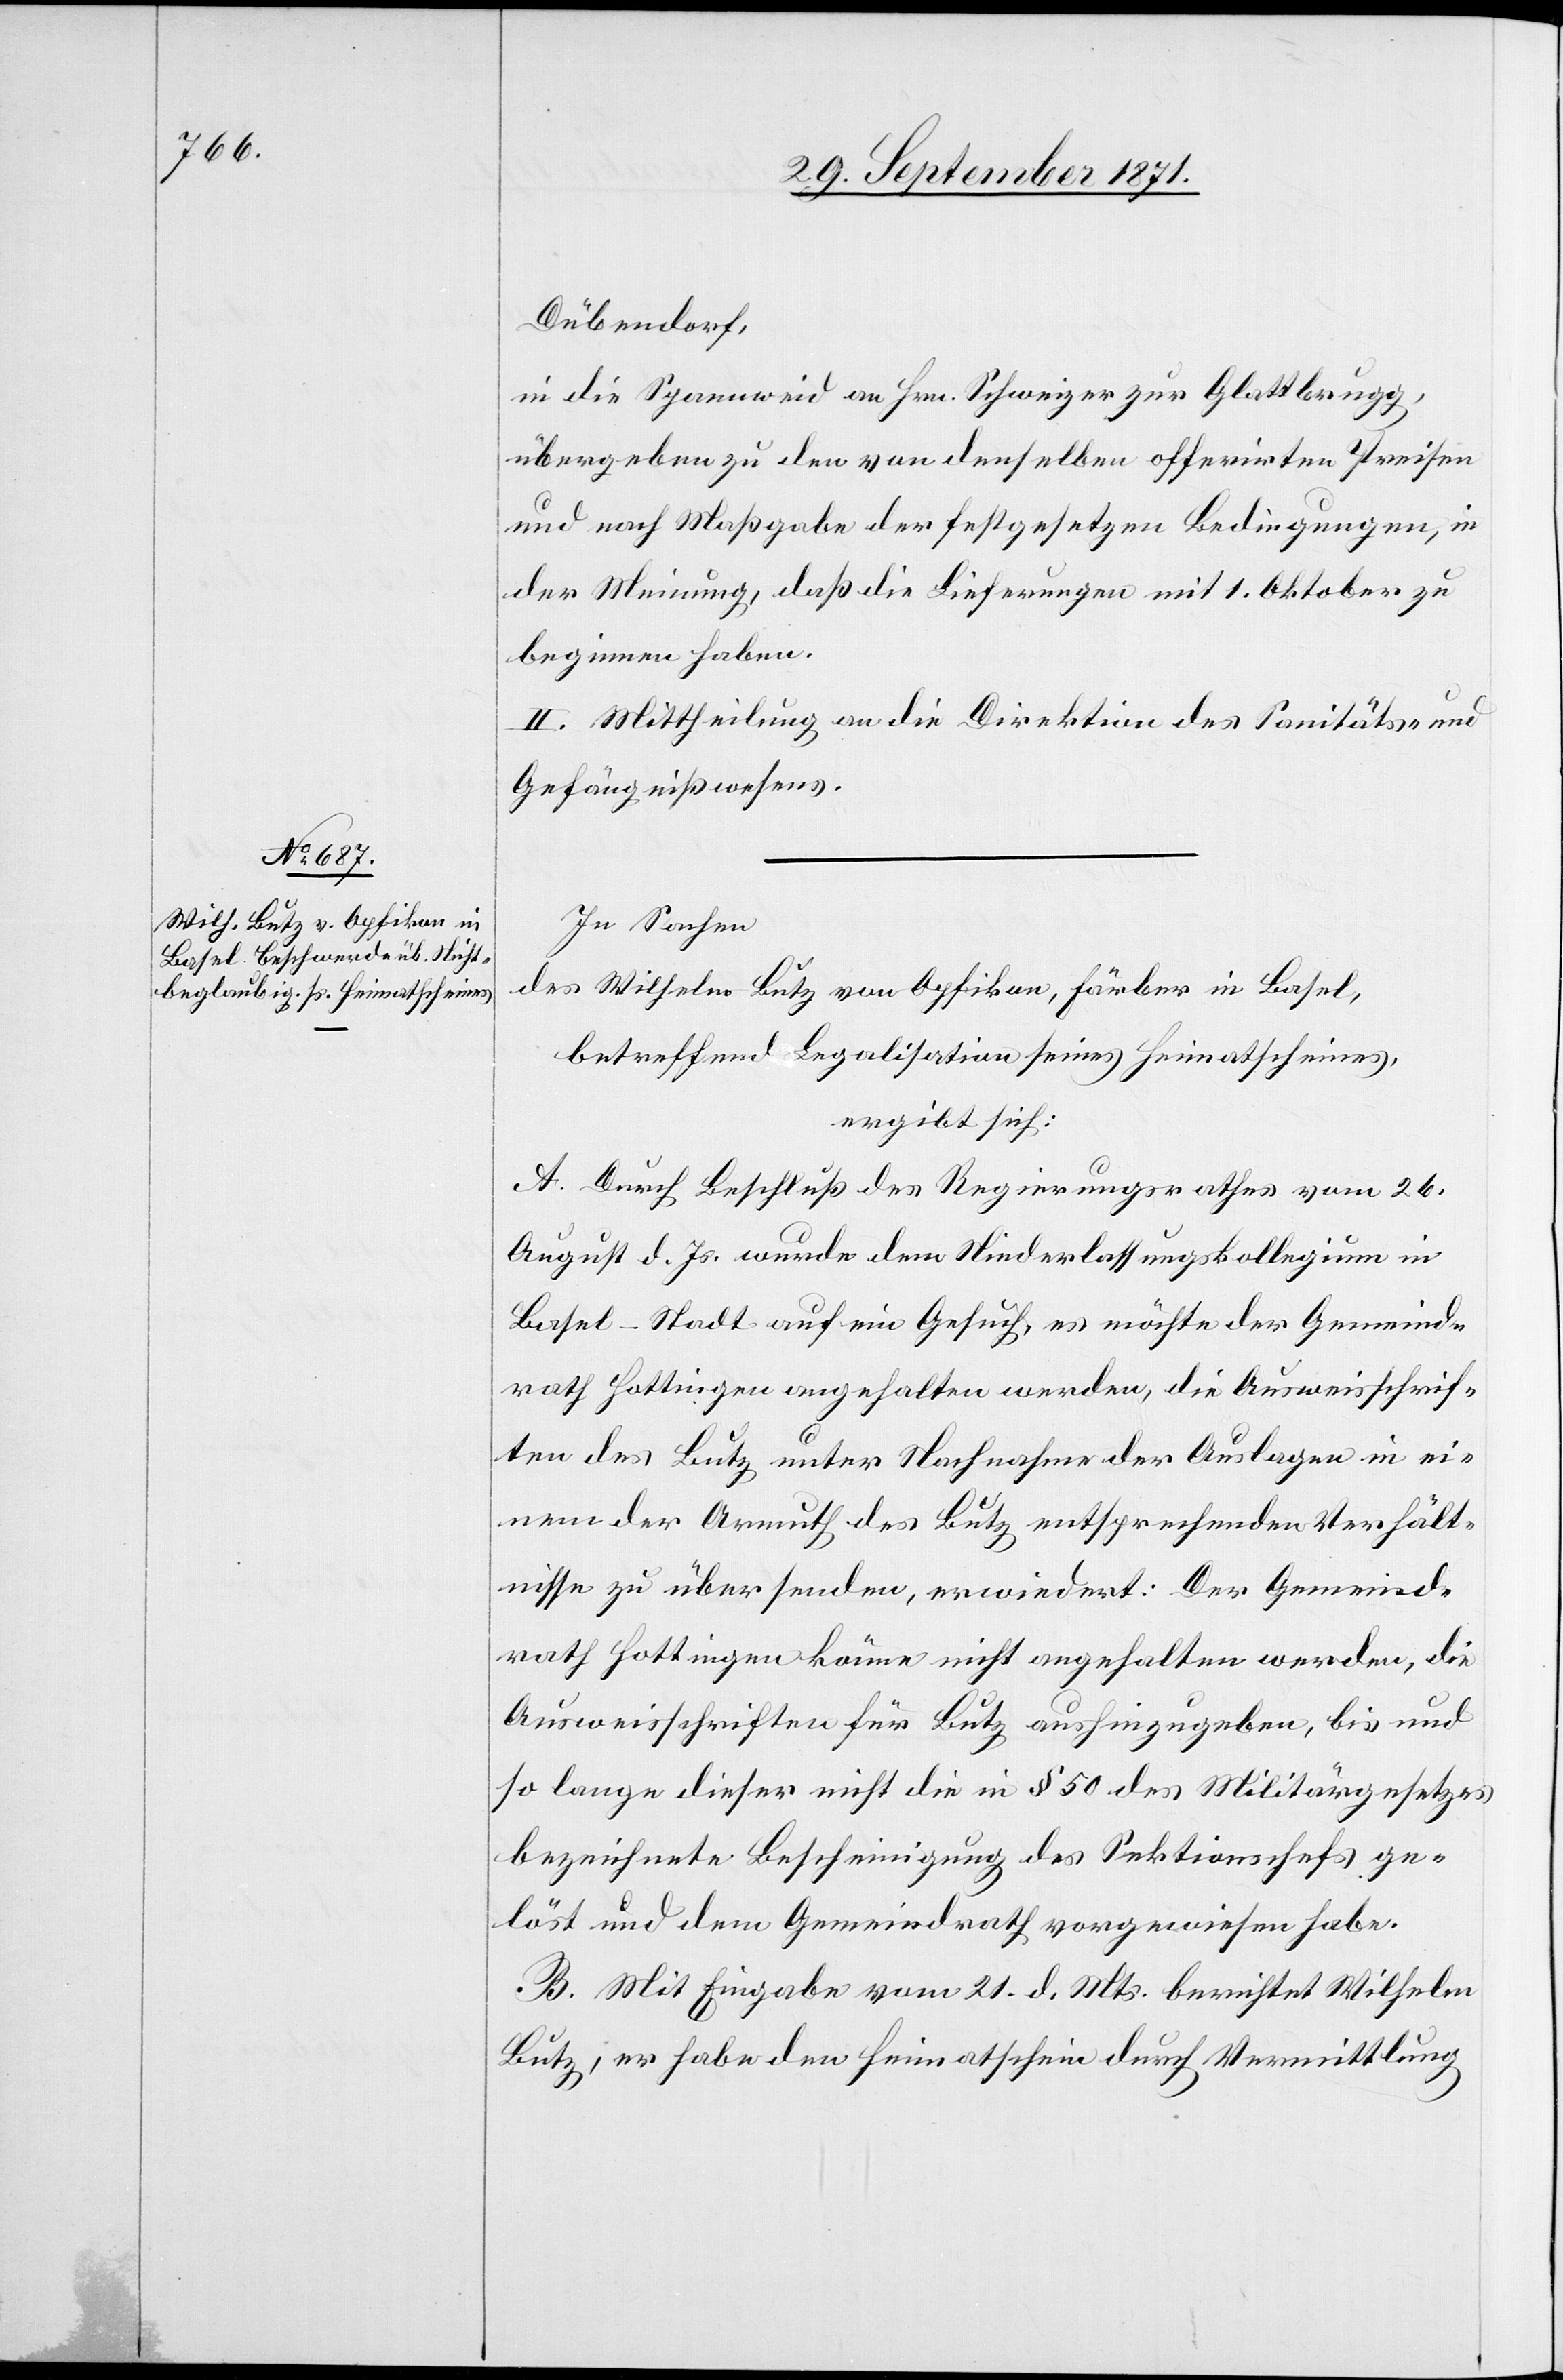
Dübendorf,
in die Spannweid an Hrn. Schweizer zur Glattbrugg,
übergeben zu den von denselben offerirten Preisen
und nach Maßgabe der festgesetz[t]en Bedingungen, in
der Meinung, daß die Lieferungen mit 1. Oktober zu
beginnen haben.
II. Mittheilung an die Direktion des Sanitäts- &
Gefängnißwesens.
In Sachen
des Wilhelm Butz von Opfikon, Färber in Basel,
betreffend Legalisation seines Heimatscheines,
ergibt sich:
A. Durch Beschluß des Regierungsrathes vom 26.
August d. Js. wurde dem Niederlassungskollegium in
Basel-Stadt auf ein Gesuch, es möchte der Gemeinde¬
rath Hottingen angehalten werden, die Ausweisschrif¬
ten des Butz unter Nachnahme der Auslagen in ei¬
nem der Armuth des Butz entsprechenden Verhält¬
nisse zu übersenden, erwiedert: Der Gemeind¬
rath Hottingen könne nicht angehalten werden, die
Ausweisschriften für Butz aushinzugeben, bis und
so lange dieser nicht die in § 50 des Militärgesetzes
bezeichnete Bescheinigung des Sektionschefs ge¬
löst und dem Gemeindrath vorgewiesen habe.
B. Mit Eingabe vom 21. d. Mts. berichtet Wilhelm
Butz, er habe den Heimatschein durch Vermittlung